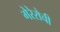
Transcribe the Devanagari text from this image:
गेरेरोची